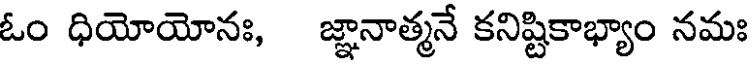
ఓం ధియోయోనః, జ్ఞానాత్మనే కనిష్టికాభ్యాం నమః